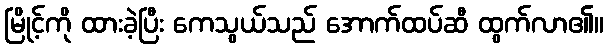
မြိုင့်ကို ထားခဲ့ပြီး ကေသွယ်သည် အောက်ထပ်ဆီ ထွက်လာ၏။